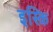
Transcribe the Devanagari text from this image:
इस्कि